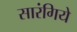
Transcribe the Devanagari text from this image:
सारंगिये